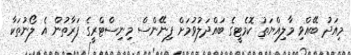
މިއަދު ބޭއްވި މާލިއްޔަތު ކޮމެޓީގެ ބައްދަލުވުމަށް ފިނޭންސް މިނިސްޓްރީގެ ފަރާތުން އެ ލޯނުތަކާ